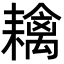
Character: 𦔟